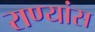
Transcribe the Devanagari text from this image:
राण्यांस